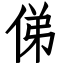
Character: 俤